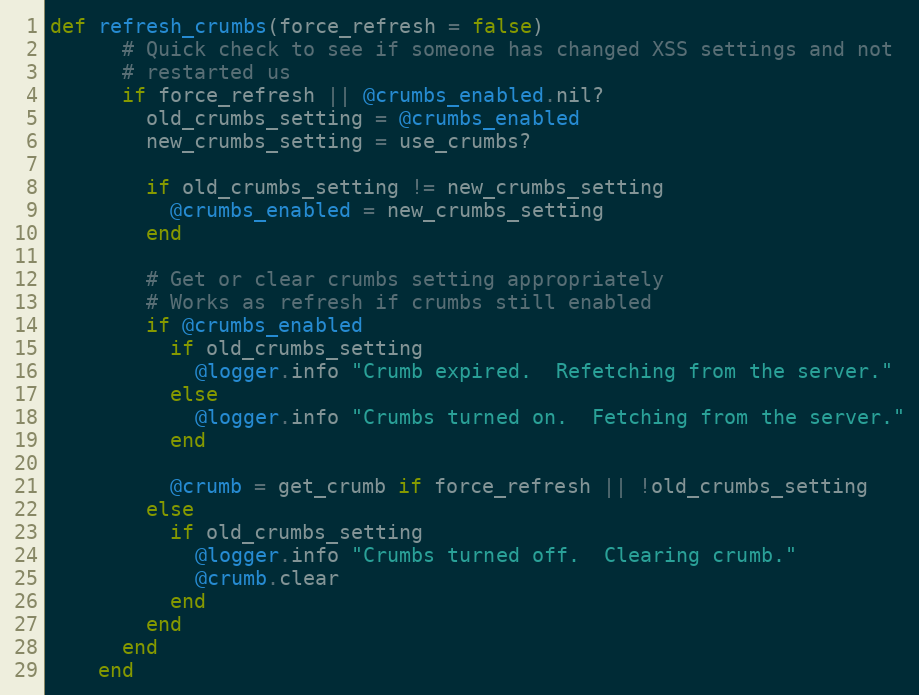
Language: Ruby
def refresh_crumbs(force_refresh = false)
      # Quick check to see if someone has changed XSS settings and not
      # restarted us
      if force_refresh || @crumbs_enabled.nil?
        old_crumbs_setting = @crumbs_enabled
        new_crumbs_setting = use_crumbs?

        if old_crumbs_setting != new_crumbs_setting
          @crumbs_enabled = new_crumbs_setting
        end

        # Get or clear crumbs setting appropriately
        # Works as refresh if crumbs still enabled
        if @crumbs_enabled
          if old_crumbs_setting
            @logger.info "Crumb expired.  Refetching from the server."
          else
            @logger.info "Crumbs turned on.  Fetching from the server."
          end

          @crumb = get_crumb if force_refresh || !old_crumbs_setting
        else
          if old_crumbs_setting
            @logger.info "Crumbs turned off.  Clearing crumb."
            @crumb.clear
          end
        end
      end
    end